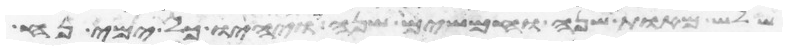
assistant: שלש מאות שנה וחמשים שנה ויהיו כל ימי נח